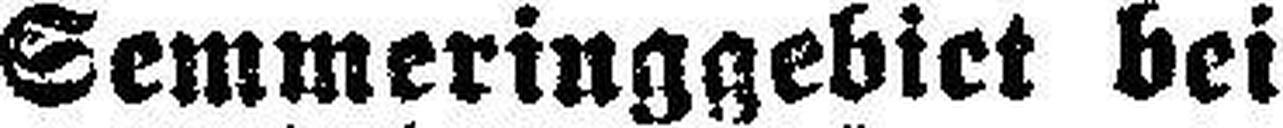
Semmeringgebiet bei